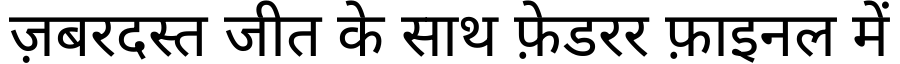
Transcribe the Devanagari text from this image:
ज़बरदस्त जीत के साथ फ़ेडरर फ़ाइनल में